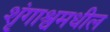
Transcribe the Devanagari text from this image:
शृंगाश्वमधील